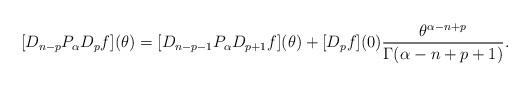
LaTeX: \begin{align*}[D_{n-p} P_{\alpha} D_{p}f](\theta) = [D_{n-p-1}P_{\alpha} D_{p+1}f](\theta) + [D_{p}f](0) \frac{\theta^{\alpha-n +p}}{\Gamma(\alpha-n+p+1)}.\end{align*}